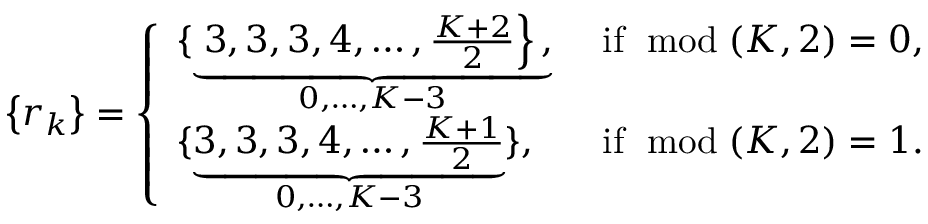
\left\{ r _ { k } \right\} = \left\{ \begin{array} { l l } { \{ \underbrace { \left. 3 , 3 , 3 , 4 , \ldots , \frac { K + 2 } { 2 } \right\} , } _ { 0 , \ldots , K - 3 } } & { \mathrm { ~ i f ~ } \bmod ( K , 2 ) = 0 , } \\ { \{ \underbrace { 3 , 3 , 3 , 4 , \ldots , \frac { K + 1 } { 2 } } _ { 0 , \ldots , K - 3 } \} , } & { \mathrm { ~ i f ~ } \bmod ( K , 2 ) = 1 . } \end{array} \right.